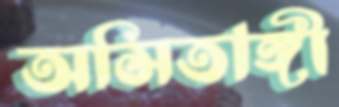
অসিতাঙ্গী